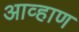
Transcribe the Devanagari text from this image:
आव्हाण